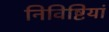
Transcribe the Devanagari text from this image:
निविष्टियां